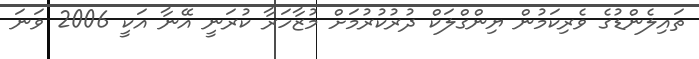
ތައިލެންޑުގެ ވެރިކަމުން ޔިންގްލަކް ދުރުކުރުމަށް މުޒާހަރާ ކުރަނީ އޭނާ އަކީ 2006 ވަނަ